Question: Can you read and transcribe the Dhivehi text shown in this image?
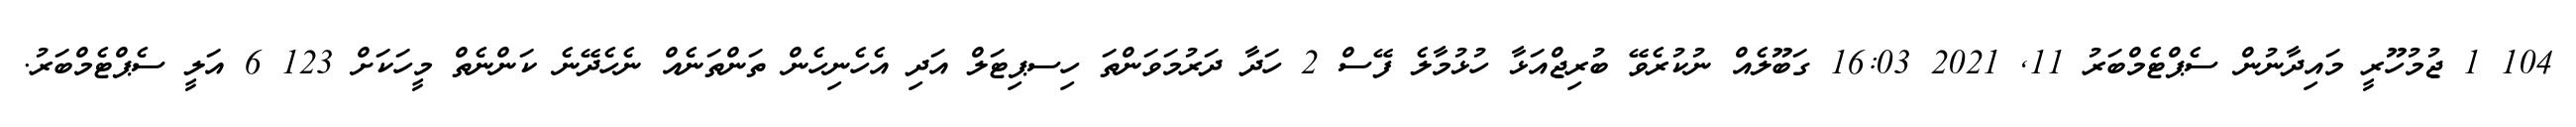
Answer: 104 1 ޖުމުހޫރީ މައިދާނުން ސެޕްޓެމްބަރު 11, 2021 16:03 ގަބޫލެއް ނުކުރެވޭ ބުރިޖްއަޅާ ހުޅުމާލެ ފޭސް 2 ހަދާ ދަރުމަވަންތަ ހިސޕިޓަލް އަދި އެހެނިހެން ތަންތަނެއް ނެހެދޭނެ ކަންނެތް މީހަކަށް 123 6 އަލީ ސެޕްޓެމްބަރު.